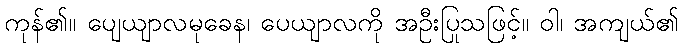
ကုန်၏။ ပျေယျာလမုခေန၊ ပေယျာလကို အဦးပြုသဖြင့်။ ဝါ၊ အကျယ်၏